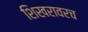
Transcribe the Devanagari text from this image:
शिखरावरच